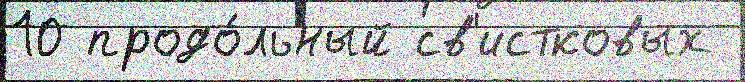
10 продо́льный св'истковых